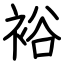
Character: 裕